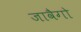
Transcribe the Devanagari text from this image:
जावैगो